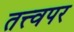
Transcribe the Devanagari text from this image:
तत्त्वपर